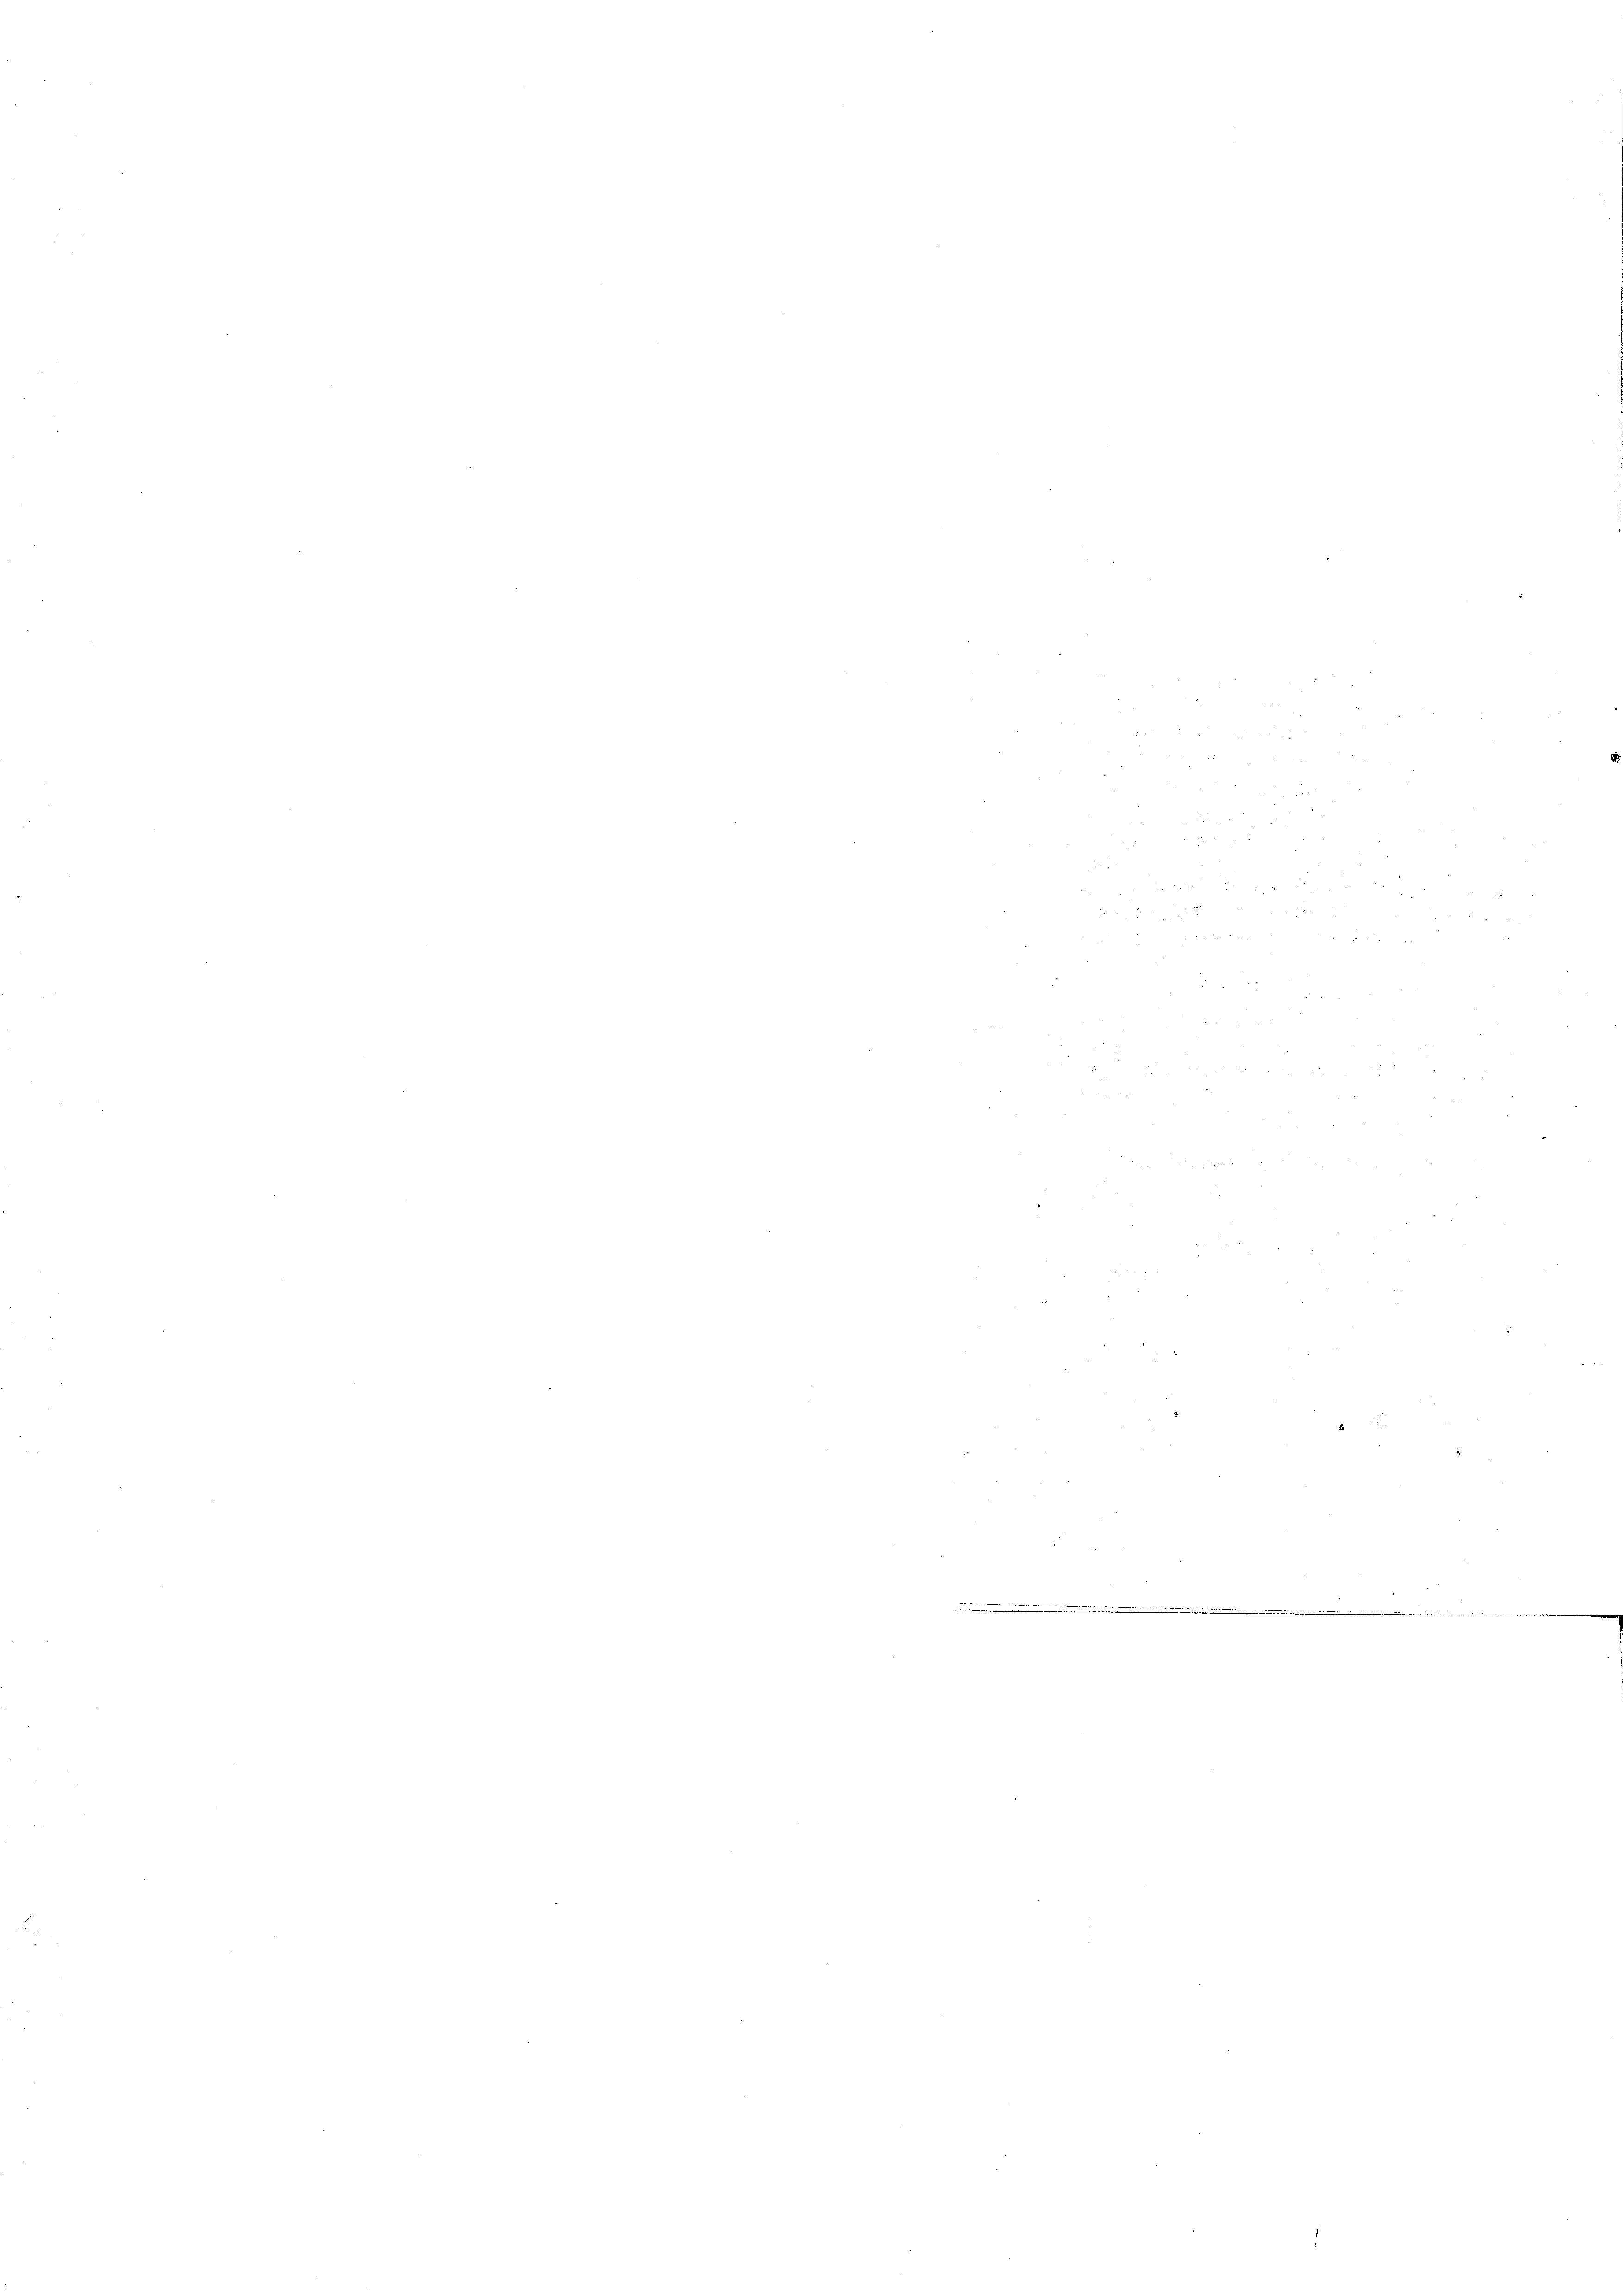
t

F
2
 f 8 x
 2
 28

1
e

5